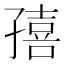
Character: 㝆